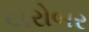
બરોબર